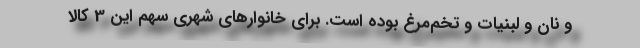
و نان و لبنيات و تخم‌مرغ بوده است. براي خانوارهاي شهري سهم اين 3 كالا